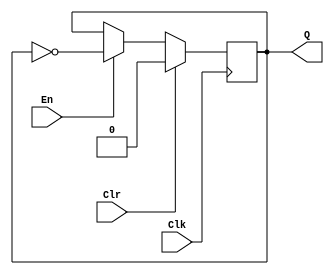
module t_ff (En, Clk, Clr, Q);
  input En, Clk, Clr;
  output reg Q;

  always @ (posedge Clk)
    if (Clr)
      Q <= 0;
    else if (En)
      Q <= ~Q;

endmodule